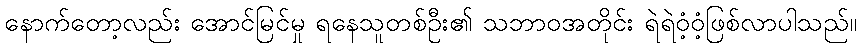
နောက်တော့လည်း အောင်မြင်မှု ရနေသူတစ်ဦး၏ သဘာဝအတိုင်း ရဲရဲဝံ့ဝံ့ဖြစ်လာပါသည်။